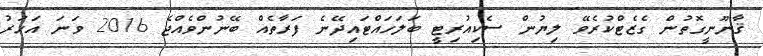
ޤާނޫނީގޮތުން ގެޒެޓްކުރެވޭ ލިޔުން ސެކިއުރިޓީ ބަލަހައްޓައިދޭނެ ފަރާތެއް ބޭނުންވެއްޖެ 2016 ވަނަ އަހަރު